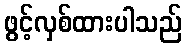
ဖွင့်လှစ်ထားပါသည်